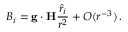
B _ { i } = { \bf g } \cdot { \bf H } { \frac { { \hat { r } } _ { i } } { r ^ { 2 } } } + O ( r ^ { - 3 } ) \, .